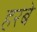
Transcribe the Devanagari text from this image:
हरबे